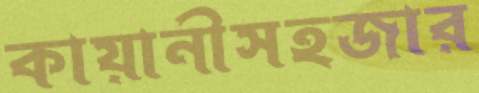
কায়ানীসহজার